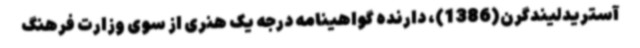
آستریدلیندگرن(1386)، دارنده گواهینامه درجه یک هنری از سوی وزارت فرهنگ